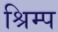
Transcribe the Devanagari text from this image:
श्रिम्‍प